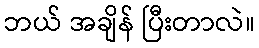
ဘယ် အချိန် ပြီးတာလဲ။